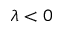
\lambda < 0